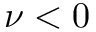
\nu < 0